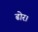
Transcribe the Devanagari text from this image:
ढोर।